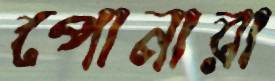
পোনারা